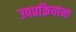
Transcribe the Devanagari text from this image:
उपप्रक्रियांना